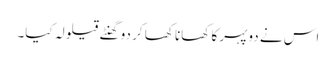
اس نے دوپہر کا کھانا کھا کر دو گھنٹے قیلولہ کیا۔